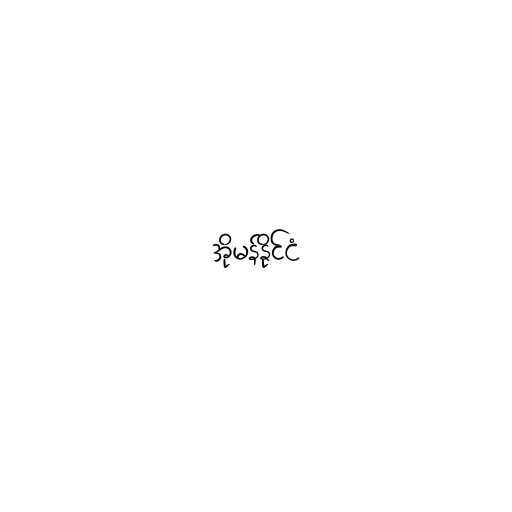
အိုမန်နိုင်ငံ